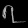
Digit: ၇